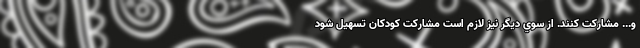
و... مشاركت كنند. از سوي ديگر نيز لازم است مشاركت كودكان تسهيل شود